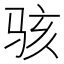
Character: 骇